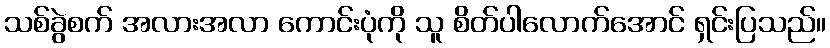
သစ်ခွဲစက် အလားအလာ ကောင်းပုံကို သူ စိတ်ပါလောက်အောင် ရှင်းပြသည်။